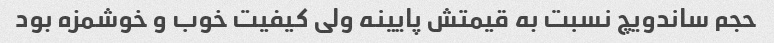
حجم ساندویچ نسبت به قیمتش پایینه ولی کیفیت خوب و خوشمزه بود